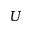
\displaystyle U